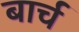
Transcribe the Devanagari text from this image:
बार्च